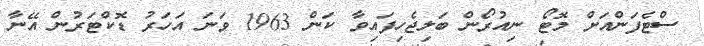
ސްޓެފަންއަށް މޮޓޯ ނިއުރޯން ބަލިޖެހިފައިވާ ކަން 1963 ވަނަ އަހަރު ޑޮކްޓަރުން އޭނާ